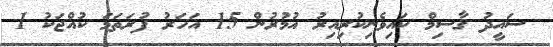
ސައީދު ޤާސިމް ކައިވެނިކުރިއިރު އުމުރުން 15 އަހަރު ފުރަތަމަ ކުއްޖަކު 1